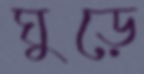
ঘুড়ে